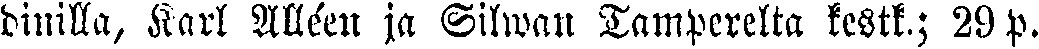
dinilla, Karl Alléen ja Silwan Tamperelta kestk.; 29 p.